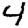
Digit: 4